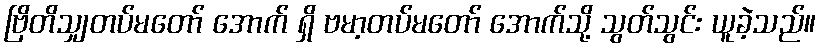
ဗြိတိသျှတပ်မတော် အောက် ရှိ ဗမာ့တပ်မတော် အောက်သို့ သွတ်သွင်း ယူခဲ့သည်။